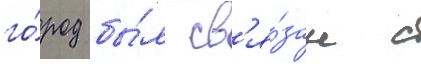
го́род бы́л св'я́зан с